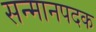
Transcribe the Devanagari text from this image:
सन्मानपदक